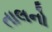
તાલનો